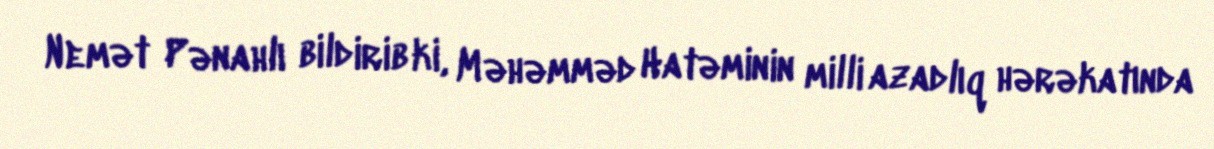
Nemət Pənahlı bildirib ki, Məhəmməd Hatəminin milli azadlıq hərəkatında